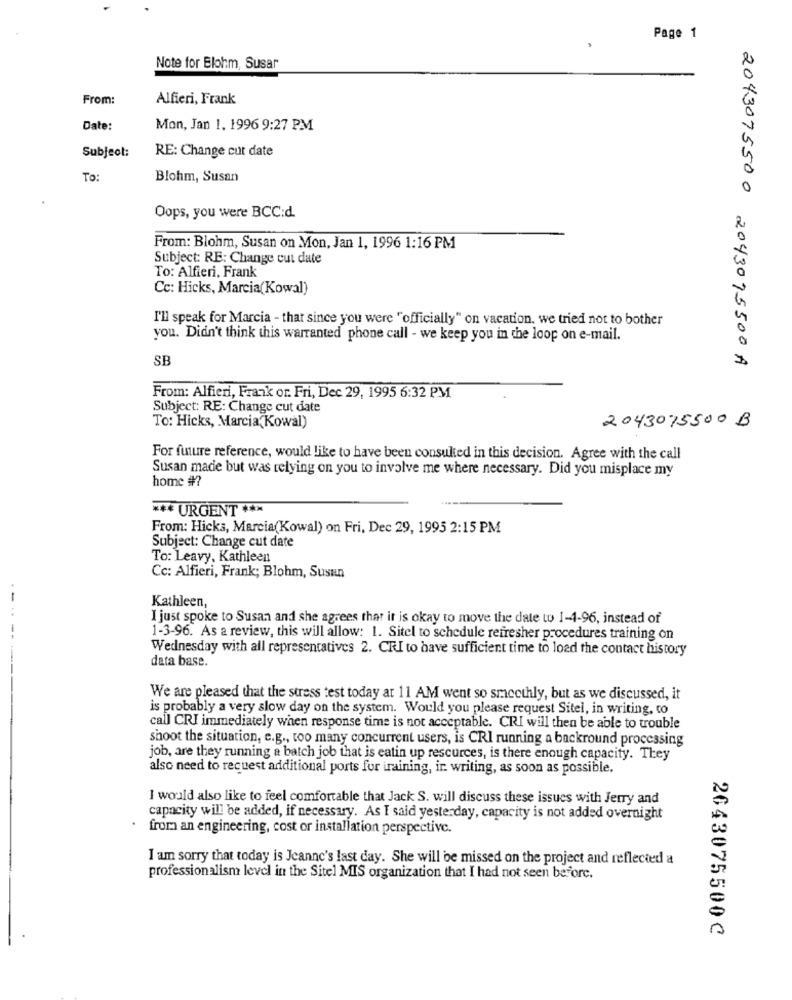
Page 1
Note for Elohm, Susar
From:
Alfieri, Frank
Date:
Mon, Jan 1. 1996 9:27 PM
Subject:
RE: Change cut date
To:
Blohm, Susan
Oops, you were BCC:d.
From: Blohm, Susan on Mon, Jan 1, 1996 1:16 PM
Subject: RE: Change cut date
To: Alfieri, Frank
Cc: Hicks, Marcia(Kowal)
I'll speak for Marcia - that since you were " officially" on vacation, we tried not to bother
you. Didn't think this warranted phone call - we keep you in the loop on e-mail.
SB
2043075500 2043095500 A
From: Alfieri, Frank or. Fri, Dec 29, 1995 6:32 PM
Subject: RE: Change cut date
2043075500 B
To: Hicks, Marcia(Kowal)
For future reference, would like to have been consulted in this decision. Agree with the call
Susan made but was relying on you to involve me where necessary. Did you misplace my
home #?
*** URGENT ***
From: Hicks, Marcia(Kowal) on Fri, Dec 29, 1995 2:15 PM
Subject: Change cut date
To: Leavy, Kathleen
Cc: Alfieri, Frank; Blohm, Susun
-
Kathleen,
I just spoke to Susan and she agrees that it is okay to move the date to 1-4-96, instead of
1-3-96. As a review, this will allow: 1. Sitel to schedule refresher procedures training on
Wednesday with all representatives 2. CRI to have sufficient time to load the contact history
data base.
We are pleased that the stress test today at 11 AM went so smoothly, but as we discussed, it
is probably a very slow day on the system. Would you please request Sitel, in writing, to
call CRI immediately when response time is not acceptable. CRI will then be able to trouble
shoot the situation, e.g ., too many concurrent users, is CRI running a backround processing
job, are they running a batch job that is eatin up resources, is there enough capacity. They
also need to request additional ports for training, ir. writing, as soon as possible.
I would also like to feel comfortable that Jack S. will discuss these issues with Jerry and
capacity will be added, if necessary. As I said yesterday, capacity is not added overnight
from an engineering, cost or installation perspective.
I am sorry that today is Jeanne's last day. She will be missed on the project and reflected a
professionalism level in the Sitel MIS organization that I had not seen before.
2643075500℃